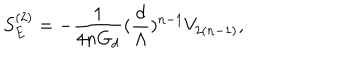
LaTeX: S _ { E } ^ { ( 2 ) } = - \frac { 1 } { 4 n G _ { d } } ( \frac { d } { \Lambda } ) ^ { n - 1 } V _ { 2 ( n - 1 ) } ,